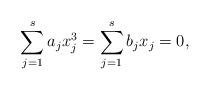
LaTeX: \begin{align*}\sum_{j=1}^sa_jx_j^3=\sum_{j=1}^sb_jx_j=0,\end{align*}